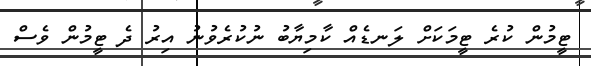
ޓީމުން ކުރެ ޓީމަކަށް ލަނޑެއް ކާމިޔާބު ނުކުރެވުނު އިރު ދެ ޓީމުން ވެސް